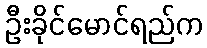
ဦးခိုင်မောင်ရည်က